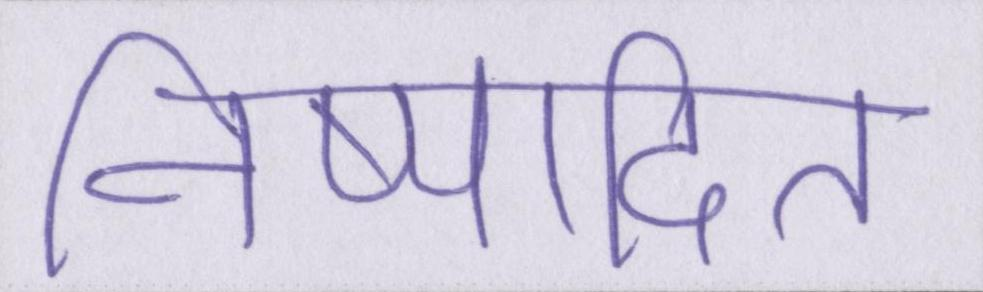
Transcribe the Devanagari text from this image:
निष्पादित